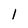
Character: 1